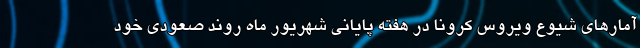
آمارهای شیوع ویروس کرونا در هفته پایانی شهریور ماه روند صعودی خود